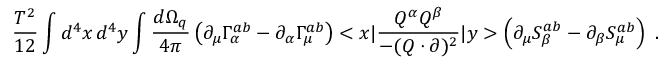
\frac { T ^ { 2 } } { 1 2 } \int d ^ { 4 } x \, d ^ { 4 } y \int \frac { d \Omega _ { q } } { 4 \pi } \left( \partial _ { \mu } \Gamma _ { \alpha } ^ { a b } - \partial _ { \alpha } \Gamma _ { \mu } ^ { a b } \right) < x | \frac { Q ^ { \alpha } Q ^ { \beta } } { - ( Q \cdot \partial ) ^ { 2 } } | y > \left( \partial _ { \mu } S _ { \beta } ^ { a b } - \partial _ { \beta } S _ { \mu } ^ { a b } \right) \ .